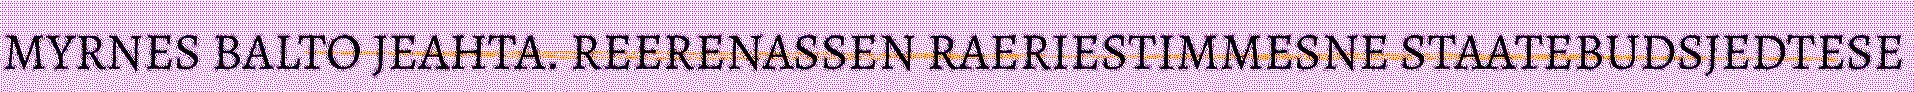
MYRNES BALTO JEAHTA. REERENASSEN RAERIESTIMMESNE STAATEBUDSJEDTESE